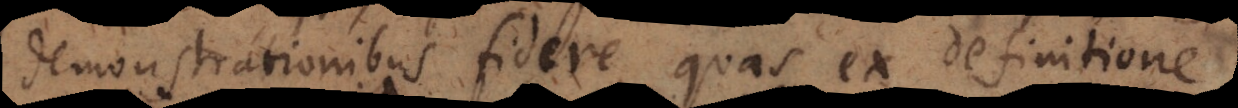
demonstrationibus fidere quas ex definitione